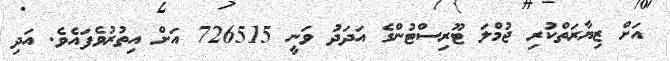
އަށް ޒިޔާރަތްކުރި ޖުމްލަ ޓޫރިސްޓުންގެ އަދަދު ވަނީ 726515 އަށް އިތުރުވެފައެވެ. އަދި